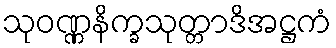
သုဝဏ္ဏနိက္ခသုတ္တာဒိအဋ္ဌကံ